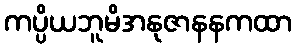
ကပ္ပိယဘူမိအနုဇာနနကထာ